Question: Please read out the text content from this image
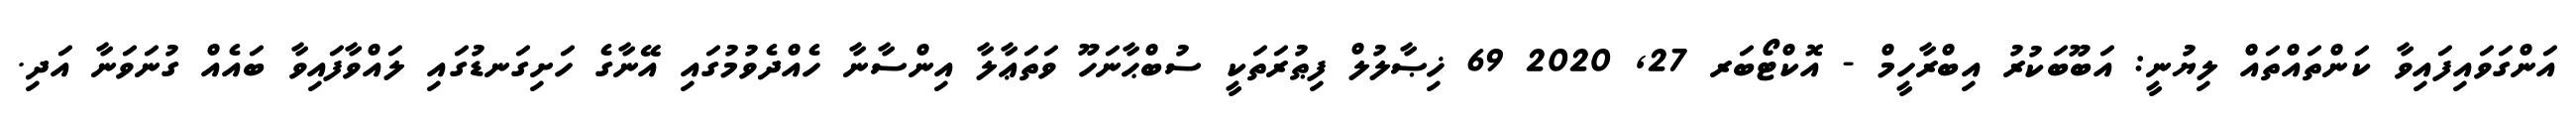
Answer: އަންގަވައިފައިވާ ކަންތައްތައް ލިޔުނީ: އަބޫބަކުރު އިބްރާހީމް - އޮކްޓޯބަރ 27, 2020 69 ޚިޞާލުލް ފިޠުރަތަކީ ސުބްޙާނަހޫ ވަތަޢާލާ އިންސާނާ ހެއްދެވުމުގައި އޭނާގެ ހަށިގަނޑުގައި ލައްވާފައިވާ ބައެއް ގުނަވަނާ އަދި.